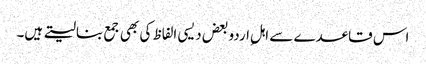
اس قاعدے سے اہلِ اردو بعض دیسی الفاظ کی بھی جمع بنالیتے ہیں۔